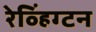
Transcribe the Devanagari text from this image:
रेव्हिंग्टन